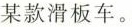
某款滑板车。